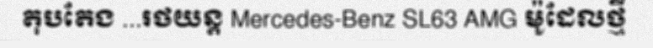
តុបតែង ...រថយន្ត Mercedes-Benz SL63 AMG ម៉ូដែលថ្មី